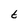
Character: t